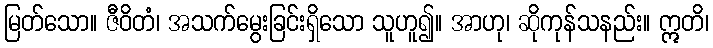
မြတ်သော။ ဇီဝိတံ၊ အသက်မွေးခြင်းရှိသော သူဟူ၍။ အာဟု၊ ဆိုကုန်သနည်း။ ဣတိ၊